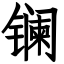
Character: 镧